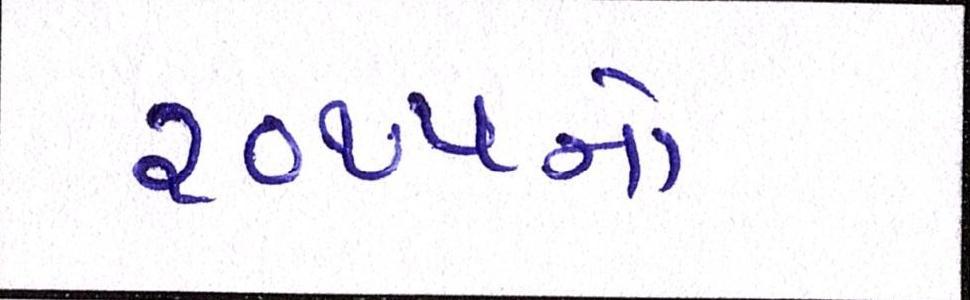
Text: ૨૦૧૫નો